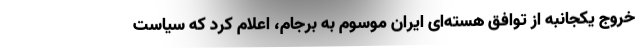
خروج یکجانبه از توافق هسته‌ای ایران موسوم به برجام، اعلام کرد که سیاست